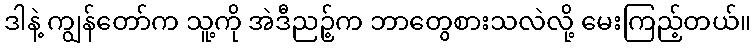
ဒါနဲ့ ကျွန်တော်က သူ့ကို အဲဒီညဉ့်က ဘာတွေစားသလဲလို့ မေးကြည့်တယ်။